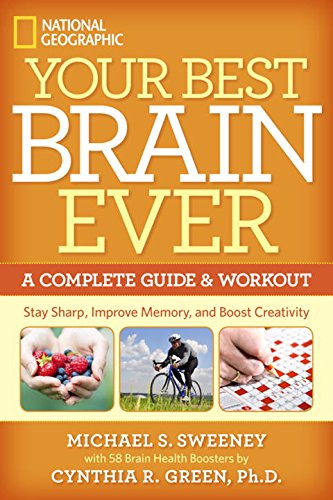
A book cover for Your Best Brain Ever: A Complete Guide and Workout; Michael S. Sweeney; Health, Fitness & Dieting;